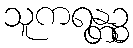
သူကရန္တဉ္စ